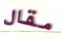
مقال